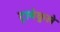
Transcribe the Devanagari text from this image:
ट्राबेकुले